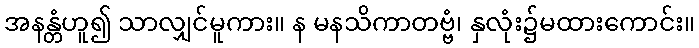
အနန္တံဟူ၍ သာလျှင်မူကား။ န မနသိကာတဗ္ဗံ၊ နှလုံး၌မထားကောင်း။